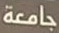
جامعة